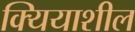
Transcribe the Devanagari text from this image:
क्यियाशील